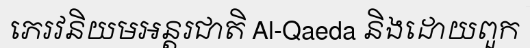
ភេរវនិយមអន្តរជាតិ Al-Qaeda និងដោយពួក